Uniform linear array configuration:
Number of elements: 24
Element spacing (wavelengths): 0.5
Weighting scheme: kaiser
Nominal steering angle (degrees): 0
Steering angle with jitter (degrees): -1.812
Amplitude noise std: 0.05
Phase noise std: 0.05

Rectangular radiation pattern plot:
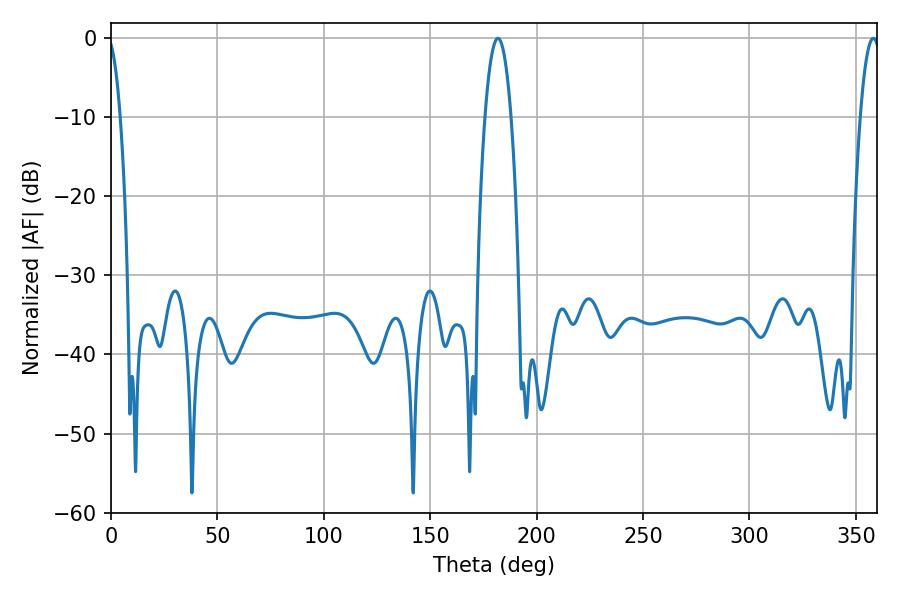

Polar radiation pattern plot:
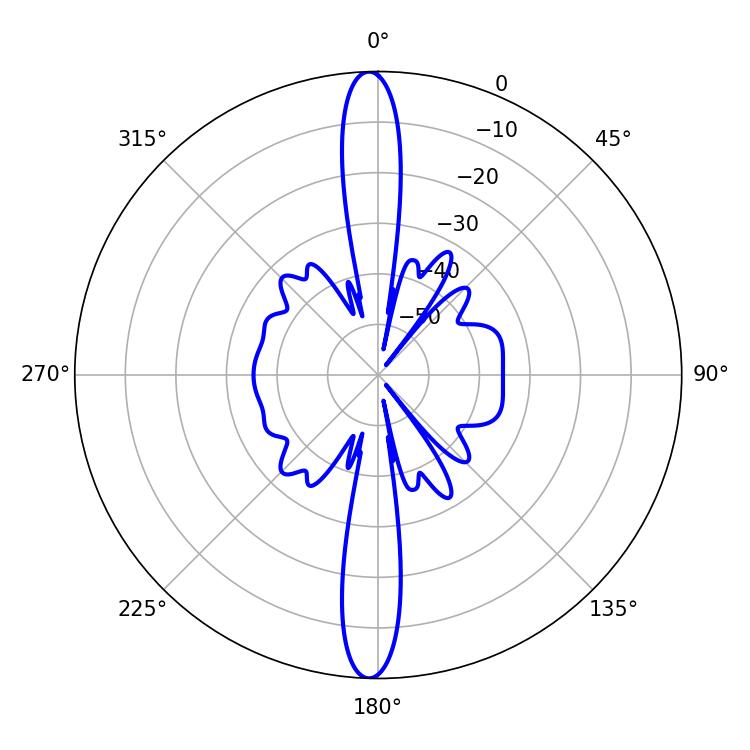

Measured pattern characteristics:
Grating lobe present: FALSE
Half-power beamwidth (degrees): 6.84
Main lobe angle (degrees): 181.8